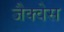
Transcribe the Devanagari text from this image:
जैक्वेस